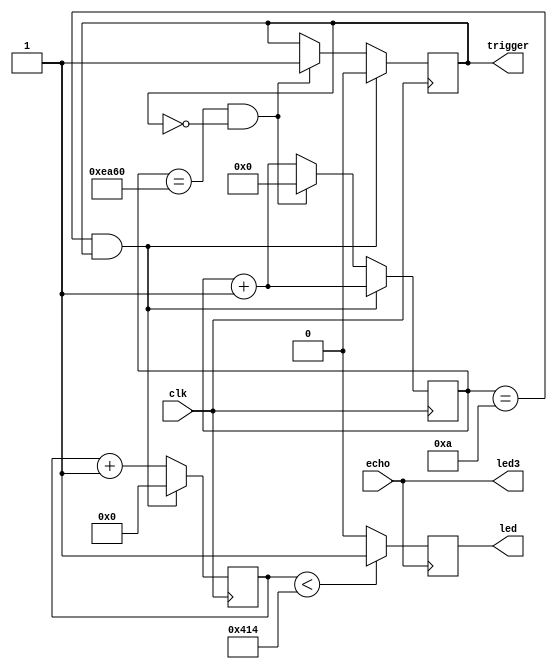
`timescale 1ns / 1ps
//////////////////////////////////////////////////////////////////////////////////
// Company: 
// Engineer: 
// 
// Design Name: 
// Module Name:    sensorTwoBlock 
// Project Name: 
// Target Devices: 
// Tool versions: 
// Description: 
//
// Dependencies: 
//
// Revision: 
// Revision 0.01 - File Created
// Additional Comments: 
//
//////////////////////////////////////////////////////////////////////////////////
module sensorTwoBlock(
	input clk,
	input echo,
	output reg trigger,
	output led3,
	output reg led
    );
	 //LED2 is used for outputting FAr, kind of buggy rn so maybe
	 //get rid of it...
	 
			//Declare variables
			reg [31:0] count;
			reg [15:0] countAlways;	
			
			//Assign Wires
			assign led3 = echo;
			
			//initialize variables
			initial begin
				count = 32'd0;
				trigger = 0;
				countAlways = 16'd0;
				led = 0;
			end
			
			//Send a 10 microsecond pulse then wait for 60000 microseconds
			always @(posedge clk)begin

				countAlways <= countAlways + 1;
				
				count <= count + 1;
				
				
				if(countAlways == 16'd10 && trigger == 1)begin
					trigger = 0;
					count <= 32'd0;

				end
				else if(countAlways == 16'd60000 && trigger == 0)begin
					countAlways <= 16'd0;
					
					//count <= 32'd0;

					trigger = 1;
				end
			end
			
			/*When the echo falls, compute to see 
			if it's less than my calculated value for 15 cm*/
			
			always @(negedge echo)begin 
					if (count < 32'd1044) begin
						led = 1;
					end//if
					else if(count > 32'd11600)begin
						led = 0;
					end//else if
					else begin
						led = 0;
					end//else
			end

endmodule